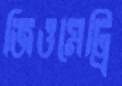
জিওমেট্রি